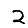
Digit: 2